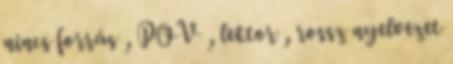
nincs forrás , POV , lektor , rossz nyelvezet